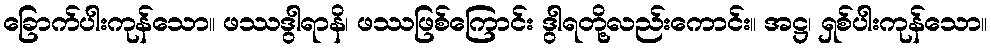
ခြောက်ပါးကုန်သော။ ဖဿဒွါရာနိ၊ ဖဿဖြစ်ကြောင်း ဒွါရတို့လည်းကောင်း။ အဋ္ဌ၊ ရှစ်ပါးကုန်သော။